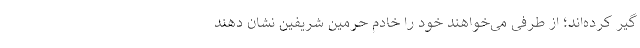
گیر کرده‌اند؛ از طرفی می‌خواهند خود را خادم حرمین شریفین نشان دهند